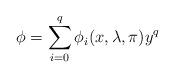
LaTeX: \begin{align*}\phi = \sum^q_{i = 0} \phi_i (x, \lambda, \pi) y^q\end{align*}